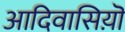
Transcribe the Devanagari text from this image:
आदिवासिय़ॊं